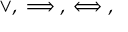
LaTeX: \lor , \implies , \iff ,